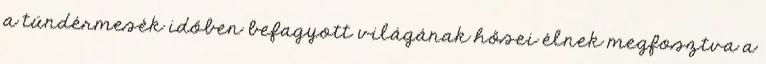
a tündérmesék időben befagyott világának hősei élnek megfosztva a